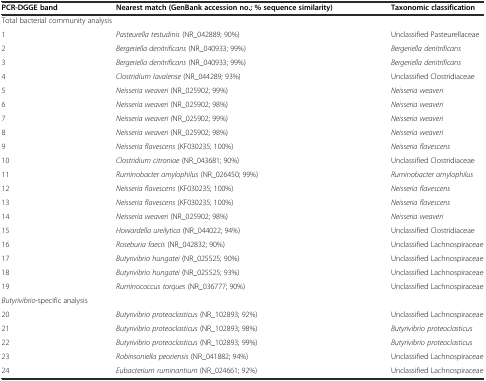
<table><thead><tr><td><b>PCR-DGGE band</b></td><td><b>Nearest match (GenBank accession no.; % sequence similarity)</b></td><td><b>Taxonomic classification</b></td></tr></thead><tbody><tr><td colspan="2">Total bacterial community analysis</td><td></td></tr><tr><td>1</td><td><i>Pasteurella testudinis</i> (NR_042889; 90%)</td><td>Unclassified Pasteurellaceae</td></tr><tr><td>2</td><td><i>Bergeriella denitrificans</i> (NR_040933; 99%)</td><td><i>Bergeriella denitrificans</i></td></tr><tr><td>3</td><td><i>Bergeriella denitrificans</i> (NR_040933; 99%)</td><td><i>Bergeriella denitrificans</i></td></tr><tr><td>4</td><td><i>Clostridium lavalense</i> (NR_044289; 93%)</td><td>Unclassified Clostridiaceae</td></tr><tr><td>5</td><td><i>Neisseria weaveri</i> (NR_025902; 99%)</td><td><i>Neisseria weaveri</i></td></tr><tr><td>6</td><td><i>Neisseria weaveri</i> (NR_025902; 98%)</td><td><i>Neisseria weaveri</i></td></tr><tr><td>7</td><td><i>Neisseria weaveri (</i>NR_025902; 99%)</td><td><i>Neisseria weaveri</i></td></tr><tr><td>8</td><td><i>Neisseria weaveri</i> (NR_025902; 98%)</td><td><i>Neisseria weaveri</i></td></tr><tr><td>9</td><td><i>Neisseria flavescens</i> (KF030235; 100%)</td><td><i>Neisseria flavescens</i></td></tr><tr><td>10</td><td><i>Clostridium citroniae</i> (NR_043681; 90%)</td><td>Unclassified Clostridiaceae</td></tr><tr><td>11</td><td><i>Ruminobacter amylophilus</i> (NR_026450; 99%)</td><td><i>Ruminobacter amylophilus</i></td></tr><tr><td>12</td><td><i>Neisseria flavescens</i> (KF030235; 100%)</td><td><i>Neisseria flavescens</i></td></tr><tr><td>13</td><td><i>Neisseria flavescens</i> (KF030235; 100%)</td><td><i>Neisseria flavescens</i></td></tr><tr><td>14</td><td><i>Neisseria weaveri</i> (NR_025902; 98%)</td><td><i>Neisseria weaveri</i></td></tr><tr><td>15</td><td><i>Howardella ureilytica</i> (NR_044022; 94%)</td><td>Unclassified Clostridiaceae</td></tr><tr><td>16</td><td><i>Roseburia faecis</i> (NR_042832; 90%)</td><td>Unclassified Lachnospiraceae</td></tr><tr><td>17</td><td><i>Butyrivibrio hungatei</i> (NR_025525; 90%)</td><td>Unclassified Lachnospiraceae</td></tr><tr><td>18</td><td><i>Butyrivibrio hungatei</i> (NR_025525; 93%)</td><td>Unclassified Lachnospiraceae</td></tr><tr><td>19</td><td><i>Ruminococcus torques</i> (NR_036777; 90%)</td><td>Unclassified Lachnospiraceae</td></tr><tr><td colspan="2"><i>Butyrivibrio</i>-specific analysis</td><td></td></tr><tr><td>20</td><td><i>Butyrivibrio proteoclasticus</i> (NR_102893; 92%)</td><td>Unclassified Lachnospiraceae</td></tr><tr><td>21</td><td><i>Butyrivibrio proteoclasticus</i> (NR_102893; 98%)</td><td><i>Butyrivibrio proteoclasticus</i></td></tr><tr><td>22</td><td><i>Butyrivibrio proteoclasticus</i> (NR_102893; 99%)</td><td><i>Butyrivibrio proteoclasticus</i></td></tr><tr><td>23</td><td><i>Robinsoniella peoriensis</i> (NR_041882; 94%)</td><td>Unclassified Lachnospiraceae</td></tr><tr><td>24</td><td><i>Eubacterium ruminantium</i> (NR_024661; 92%)</td><td>Unclassified Lachnospiraceae</td></tr></tbody></table>